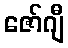
ဇော်ဂျီ